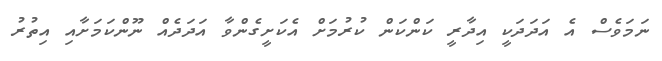
ނަމަވެސް އެ އަދަދަކީ އިދާރީ ކަންކަން ކުރުމަށް އެކަށީގެންވާ އަދަދެއް ނޫންކަމަށާއި އިތުރު